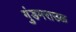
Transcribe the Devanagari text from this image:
गुंडमराउळ